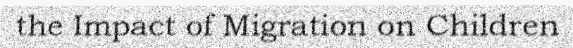
the Impact of Migration on Children